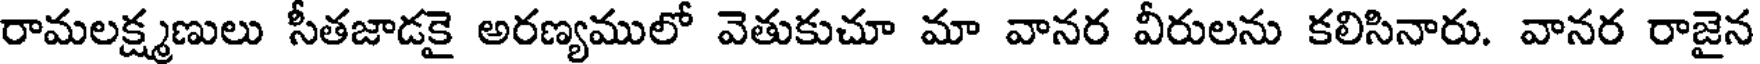
రామలక్ష్మణులు సీతజాడకై అరణ్యములో వెతుకుచూ మా వానర వీరులను కలిసినారు. వానర రాజైన